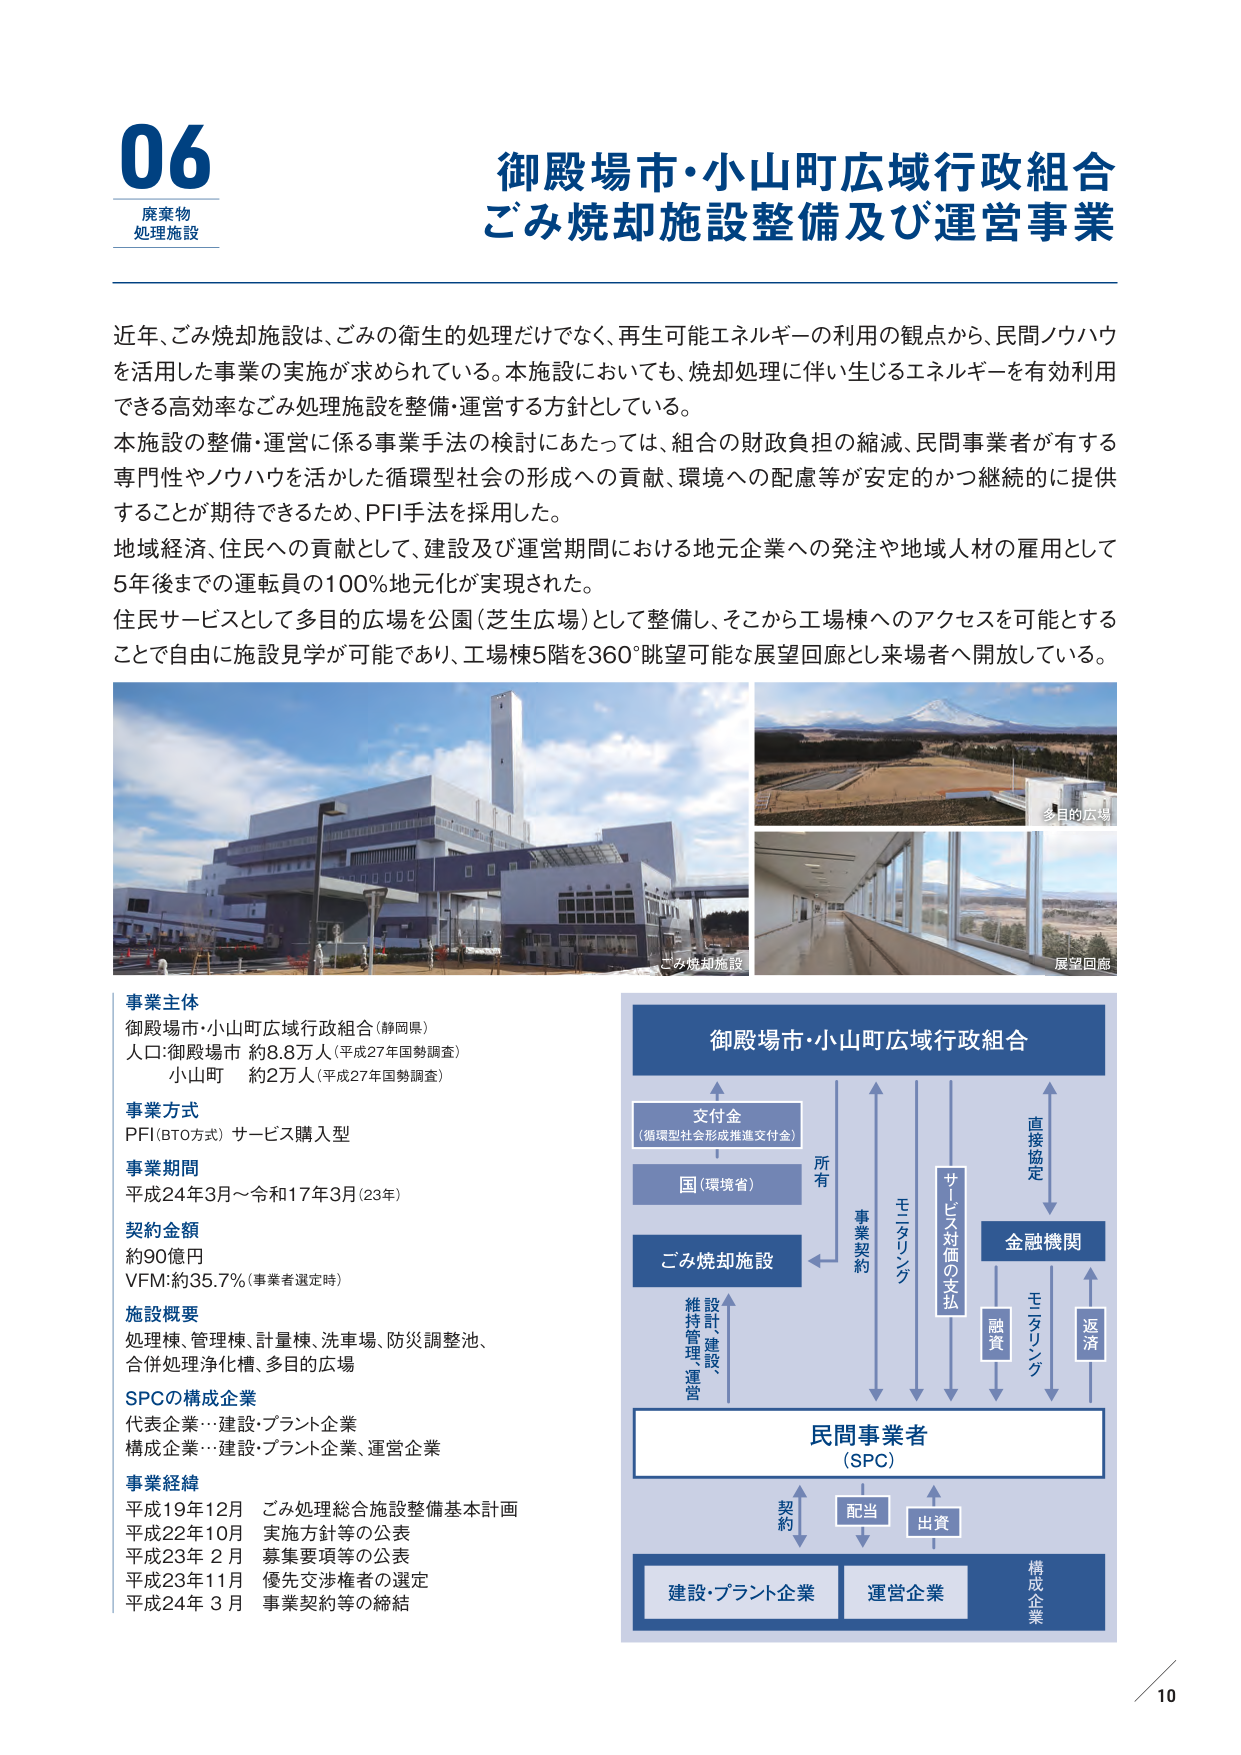
06
廃棄物
処理施設

御殿場市・小山町広域行政組合
ごみ焼却施設整備及び運営事業

近年、ごみ焼却施設は、ごみの衛生的処理だけでなく、再生可能エネルギーの利用の観点から、民間ノウハウを活用した事業の実施が求められている。本施設においても、焼却処理に伴い生じるエネルギーを有効利用できる高効率なごみ処理施設を整備・運営する方針としている。
本施設の整備・運営に係る事業手法の検討にあたっては、組合の財政負担の縮減、民間事業者が有する専門性やノウハウを活かした循環型社会の形成への貢献、環境への配慮等が安定的かつ継続的に提供することが期待できるため、PFI手法を採用した。
地域経済、住民への貢献として、建設及び運営期間における地元企業への発注や地域人材の雇用として5年後までの運転員の100％地元化が実現された。
住民サービスとして多目的広場を公園（芝生広場）として整備し、そこから工場棟へのアクセスを可能とすることで自由に施設見学が可能であり、工場棟5階を360°眺望可能な展望回廊として来場者へ開放している。

ごみ焼却施設
多目的広場
展望回廊

事業主体
御殿場市・小山町広域行政組合（静岡県）
人口：御殿場市 約8.8万人（平成27年国勢調査）
小山町 約2万人（平成27年国勢調査）

事業方式
PFI（BTO方式）サービス購入型

事業期間
平成24年3月～令和17年3月（23年）

契約金額
約90億円
VFM：約35.7％（事業者選定時）

施設概要
処理棟、管理棟、計量棟、洗車場、防災調整池、
合併処理浄化槽、多目的広場

SPCの構成企業
代表企業：建設・プラント企業
構成企業：建設・プラント企業、運営企業

事業経緯
平成19年12月 ごみ処理総合施設整備基本計画
平成22年10月 実施方針等の公表
平成23年 2月 募集要項等の公表
平成23年11月 優先交渉権者の選定
平成24年 3月 事業契約等の締結

御殿場市・小山町広域行政組合
交付金
（循環型社会形成推進交付金）
国（環境省）
ごみ焼却施設
維持管理、運営
設計、建設、
所有
事業契約
モニタリング
サービス対価の支払
直接協定
金融機関
融資
モニタリング
返済
民間事業者
（SPC）
契約
配当
出資
構成企業
建設・プラント企業
運営企業

10